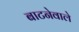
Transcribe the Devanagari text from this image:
बाटनेवाले